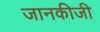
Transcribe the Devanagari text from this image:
जानकीजी